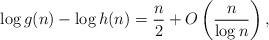
LaTeX: \begin{align*}\log g(n) - \log h(n) = \frac{n}{2} + O\left(\frac{n}{\log n}\right),\end{align*}